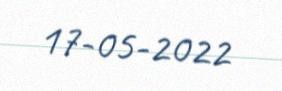
17-05-2022